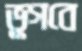
ভুগবে